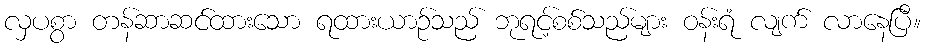
လှပစွာ တန်ဆာဆင်ထားသော ရထားယာဉ်သည် ဘုရင့်စစ်သည်များ ဝန်းရံ လျက် လာနေပြီ။